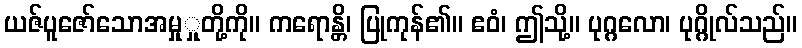
ယဇ်ပူဇော်သောအမှုှုတို့ကို။ ကရောန္တိ၊ ပြုကုန်၏။ ဧဝံ၊ ဤသို့။ ပုဂ္ဂလော၊ ပုဂ္ဂိုလ်သည်။